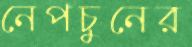
নেপচুনের